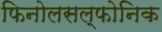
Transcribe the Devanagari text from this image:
फिनोलसल्फोनिक